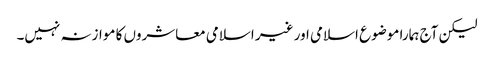
لیکن آج ہمارا موضوع اسلامی اور غیر اسلامی معاشروں کا موازنہ نہیں۔